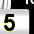
Digit: 5